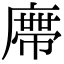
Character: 𭙺